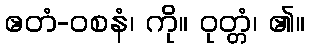
ဧတံ-ဝစနံ၊ ကို။ ဝုတ္တံ၊ ၏။